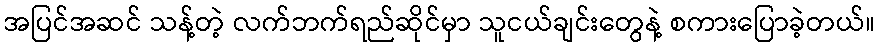
အပြင်အဆင် သန့်တဲ့ လက်ဘက်ရည်ဆိုင်မှာ သူငယ်ချင်းတွေနဲ့ စကားပြောခဲ့တယ်။